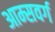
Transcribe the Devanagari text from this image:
आम्सवर्ग